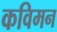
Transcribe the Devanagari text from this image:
कविमन